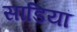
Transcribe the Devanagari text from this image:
साडियां